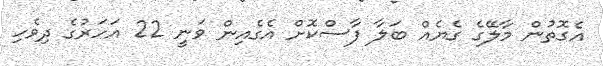
އެގޮތުން މާލޭގެ ގެޔެއް ބަލާ ފާސްކޮށް އެގެއިން ވަނީ 22 އަހަރުގެ ދިވެހި